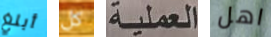
أبلغ كل العملية اهل